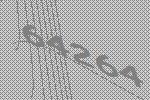
64264